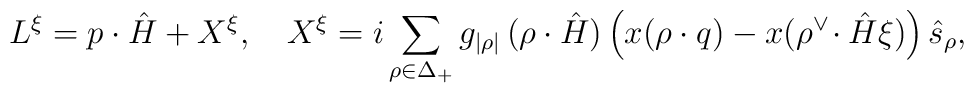
L^{\xi} = p\cdot\hat{H}+X^{\xi},\quad   X^{\xi}=i\sum_{\rho\in\Delta_{+}}g_{|\rho|}   \,(\rho\cdot\hat{H})\left(x(\rho\cdot   q)-x(\rho^\vee\!\cdot\hat{H}\xi)\right)\hat{s}_{\rho},